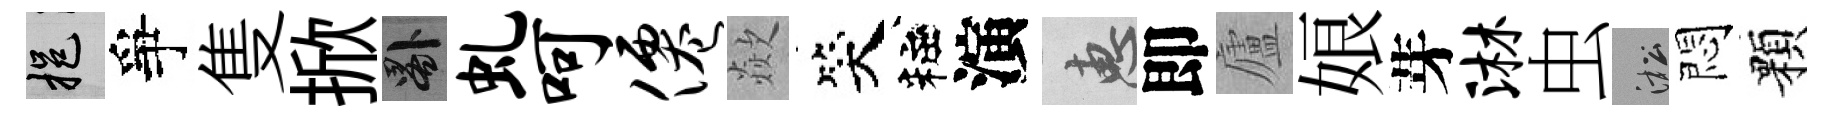
挹爭隻掀晷虬呵仙歘笑粧演惠即廬娘芽淋虫淞悶顆